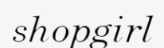
shopgirl